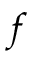
f